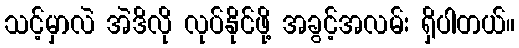
သင့်မှာလဲ အဲဒိလို လုပ်နိုင်ဖို့ အခွင့်အလမ်း ရှိပါတယ်။